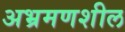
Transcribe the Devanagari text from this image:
अभ्रमणशील